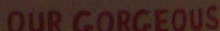
OUR GORGEOUS